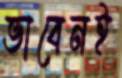
ভাবেনই